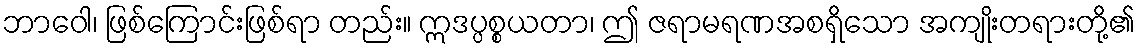
ဘာဝေါ၊ ဖြစ်ကြောင်းဖြစ်ရာ တည်း။ ဣဒပ္ပစ္စယတာ၊ ဤ ဇရာမရဏအစရှိသော အကျိုးတရားတို့၏